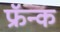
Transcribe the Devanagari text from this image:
फ्रॅन्क